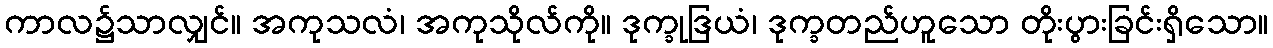
ကာလ၌သာလျှင်။ အကုသလံ၊ အကုသိုလ်ကို။ ဒုက္ခုဒြယံ၊ ဒုက္ခတည်ဟူသော တိုးပွားခြင်းရှိသော။